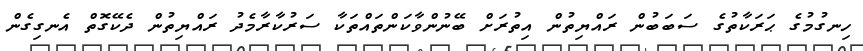
ހިނގުމުގެ ޙަރަކާތުގެ ސަބަބުން ރައްޔިތުން އިތުރަށް ބޭނުންވާކަންތައްތަކާ ސަރުކާރާމެދު ރައްޔިތުން ދެކޭގޮތް އެނގިގެން